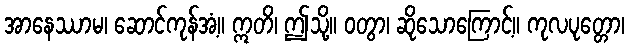
အာနေဿာမ၊ ဆောင်ကုန်အံ့။ ဣတိ၊ ဤသို့။ ဝတွာ၊ ဆိုသောကြောင့်။ ကုလပုတ္တော၊